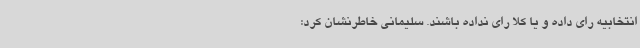
انتخابیه رای داده و یا کلا رای نداده باشند. سلیمانی خاطرنشان کرد: